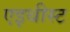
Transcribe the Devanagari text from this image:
एइथीस्ट